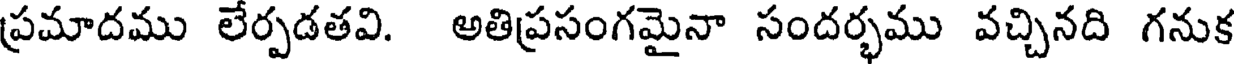
ప్రమాదము లేర్పడతవి. అతిప్రసంగమైనా సందర్భము వచ్చినది గనుక